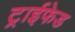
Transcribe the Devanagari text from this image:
ट्राईफेड